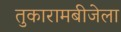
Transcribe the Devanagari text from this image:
तुकारामबीजेला